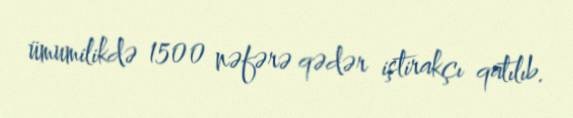
ümumilikdə 1500 nəfərə qədər iştirakçı qatılıb.